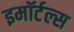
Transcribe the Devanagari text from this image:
इमॉर्टल्स